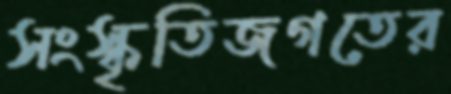
সংস্কৃতিজগতের